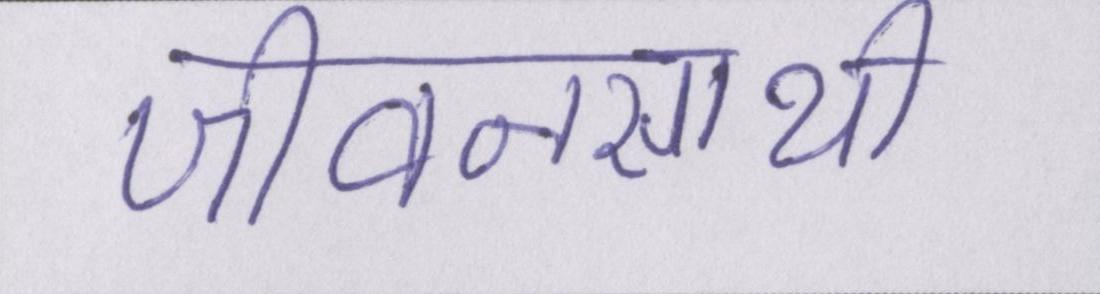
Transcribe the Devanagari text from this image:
जीवनसाथी